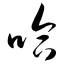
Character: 哈